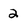
Character: 2